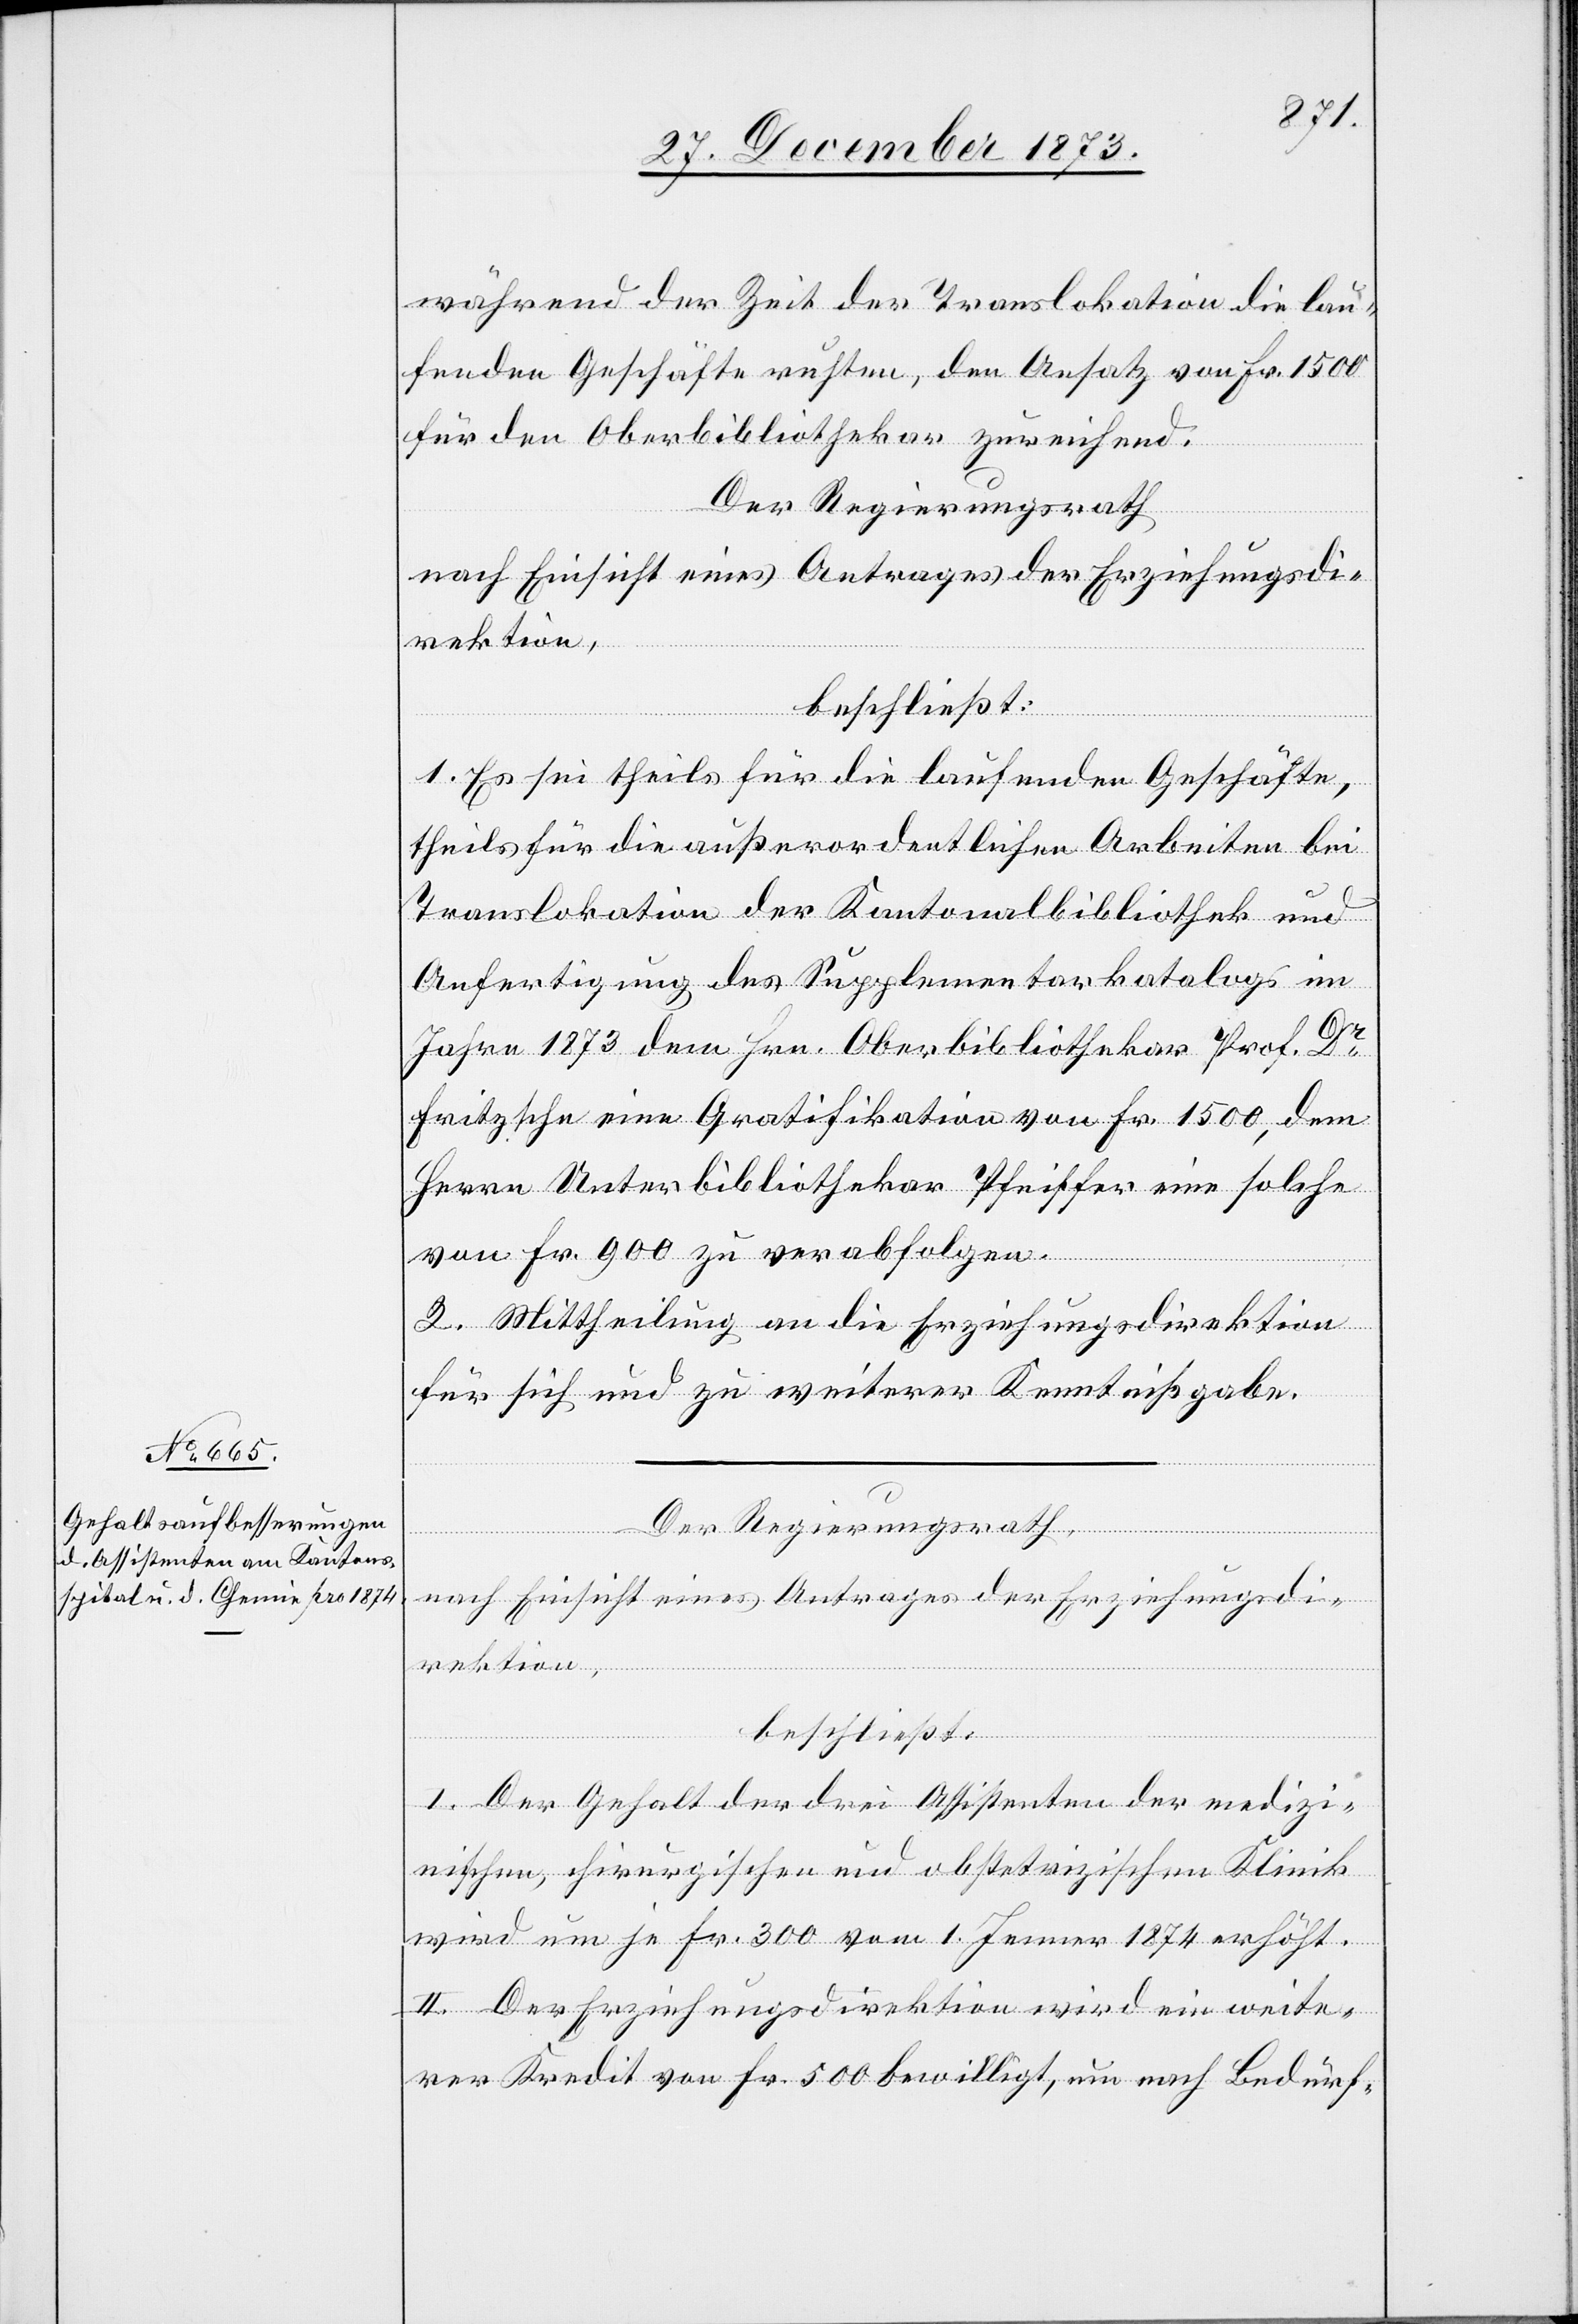
während der Zeit der Translokation die lau¬
fenden Geschäfte ruhten, den Ansatz von Fr. 1 500
für den Oberbibliothekar zureichend.
Der Regierungsrath,
nach Einsicht eines Antrages der Erziehungsdi¬
rektion,
beschließt:
1. Es sei theils für die laufenden Geschäfte,
theils für die außerordentlichen Arbeiten bei
Translokation der Kantonalbibliothek und
Anfertigung des Supplementarkatalogs im
Jahre 1873 dem Hrn. Oberbibliothekar Prof. Dr
Fritzsche eine Gratifikation von Fr. 1 500, dem
Herrn Unterbibliothekar Pfeiffer eine solche
von Fr. 900 zu verabfolgen.
2. Mittheilung an die Erziehungsdirektion
für sich und zu weiterer Kenntnißgabe.
I. Der Gehalt der drei Assistenten der medizi¬
nischen, chirurgischen und obstetrizischen Klinik
wird um je Fr. 300 vom 1. Jenner 1874 erhöht.
II. Der Erziehungsdirektion wird ein weite¬
rer Kredit von Fr. 500 bewilligt, um nach Bedürf-